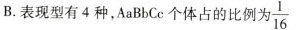
B.表现型有4种，AaBbCc个体占的比例为 \frac{1}{16}